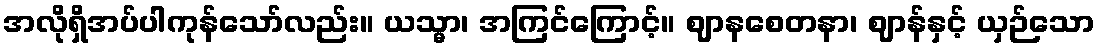
အလိုရှိအပ်ပါကုန်သော်လည်း။ ယသ္မာ၊ အကြင်ကြောင့်။ ဈာနစေတနာ၊ ဈာန်နှင့် ယှဉ်သော